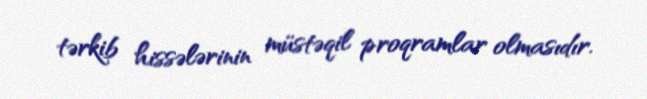
tərkib hissələrinin müstəqil proqramlar olmasıdır.